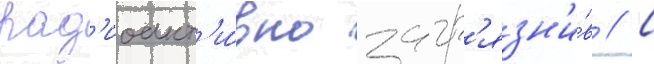
рад'иоакт'и́вно загр'язн'и́в // С